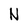
Character: N